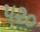
૫૨૦